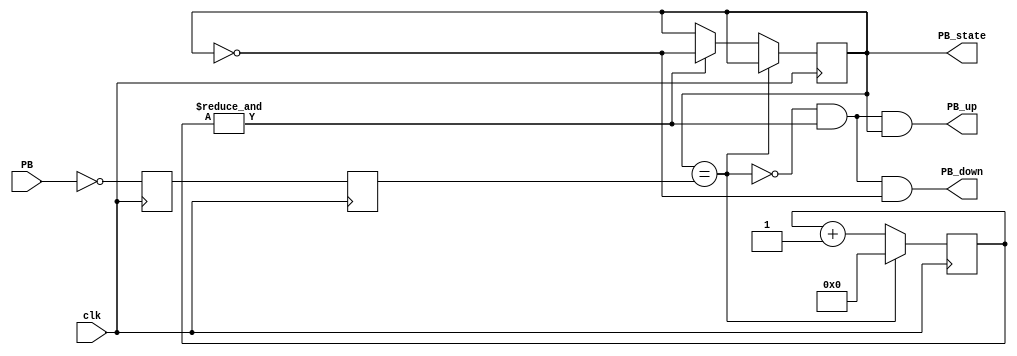
`timescale 1ns / 1ps

module debouncer
(
    input clk,
    input PB,  
    output reg PB_state,  
    output PB_down,  
    output PB_up   
);
	
	reg PB_sync_0;  always @(posedge clk) PB_sync_0 <= ~PB; 
	reg PB_sync_1;  always @(posedge clk) PB_sync_1 <= PB_sync_0;

	reg [15:0] PB_cnt;
	wire PB_idle = (PB_state==PB_sync_1);
	wire PB_cnt_max = &PB_cnt;	

	always @(posedge clk)
		if(PB_idle)
			PB_cnt <= 0;  
		else begin
			PB_cnt <= PB_cnt + 16'd1;  
			if(PB_cnt_max) 
				PB_state <= ~PB_state; 
		end

	assign PB_down = ~PB_idle & PB_cnt_max & ~PB_state;
	assign PB_up   = ~PB_idle & PB_cnt_max &  PB_state;
	
endmodule